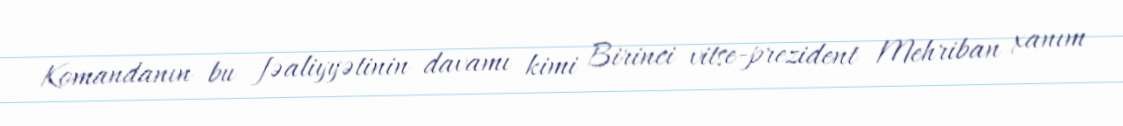
Komandanın bu fəaliyyətinin davamı kimi Birinci vitse-prezident Mehriban xanım